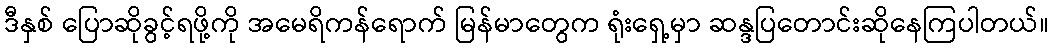
ဒီနှစ် ပြောဆိုခွင့်ရဖို့ကို အမေရိကန်ရောက် မြန်မာတွေက ရုံးရှေ့မှာ ဆန္ဒပြတောင်းဆိုနေကြပါတယ်။